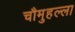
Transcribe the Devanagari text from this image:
चौमुहल्ला